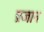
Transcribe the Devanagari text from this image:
प्रजान